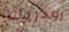
رودريك